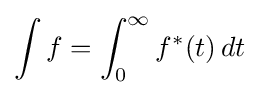
\int f=\int _{0}^{\infty }f^{*}(t)\,dt